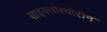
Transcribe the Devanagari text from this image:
साइक्लोस्पोरीन